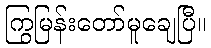
ကြွမြန်းတော်မူချေပြီ။